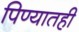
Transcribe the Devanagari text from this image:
पिण्यातही